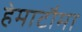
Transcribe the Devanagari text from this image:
हेमाटौमा